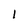
Character: 1